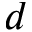
d